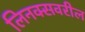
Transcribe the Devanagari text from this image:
लिनक्सवरील